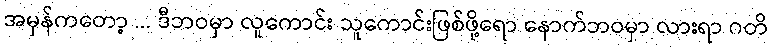
အမှန်ကတော့ ... ဒီဘဝမှာ လူကောင်း သူကောင်းဖြစ်ဖို့ရော နောက်ဘဝမှာ လားရာ ဂတိ